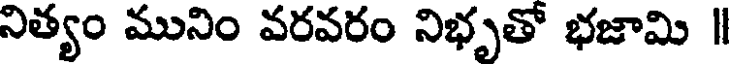
నిత్యం మునిం వరవరం నిభృతో భజామి |